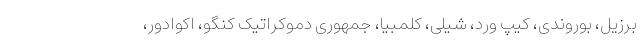
برزیل، بوروندی، کیپ ورد، شیلی، کلمبیا، جمهوری دموکراتیک کنگو، اکوادور،